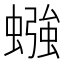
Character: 𫋙